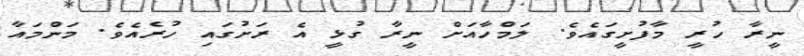
ނީރާ ހުރީ މާފުށީގައެވެ. ލަމްހާއަށް ނީރާ ގުޅީ އެ ރަށުގައި ހުރެއެވެ. މަންމައާ